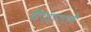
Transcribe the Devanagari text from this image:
पैशातले